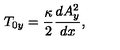
T _ { 0 y } = { \frac { \kappa } { 2 } } { \frac { d A _ { y } ^ { 2 } } { d x } } ,